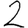
Digit: 2